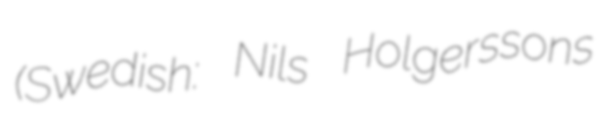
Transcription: (Swedish: Nils Holgerssons